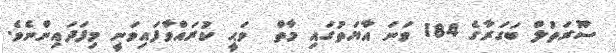
ސޫރަތުލް ބަގަރާގެ 184 ވަނަ އާޔަތުގައި މާތް  ވަޙީ ކުރައްވާފައިވަނީ މިފަދައިންނެވެ.